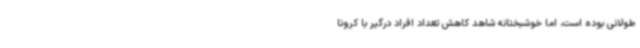
طولانی بوده است، اما خوشبختانه شاهد کاهش تعداد افراد درگیر با کرونا